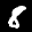
Label: 8